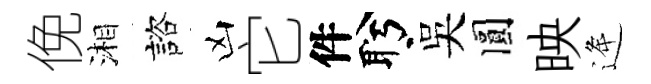
俛湘諮凶它件盻吴圓映逄